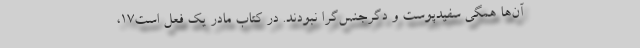
آن‌ها همگی سفیدپوست و دگرجنس‌گرا نبودند. در کتاب مادر یک فعل است۱۷،